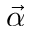
\vec { \alpha }